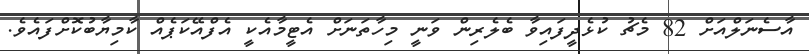
އާސެނަލްއަށް 82 މެޗު ކުޅެދީފައިވާ ބެލެރިން ވަނީ މިހާތަނަށް އެޓީމާއެކީ އެފްއޭކަޕެއް ކާމިޔާބުކޮށްފައެވެ.